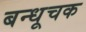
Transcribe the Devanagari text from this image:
बन्धूचक